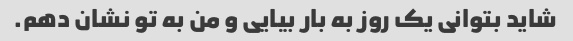
شاید بتوانی یک روز به بار بیایی و من به تو نشان دهم.